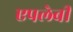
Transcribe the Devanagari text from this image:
एपलेबी